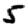
Digit: 5